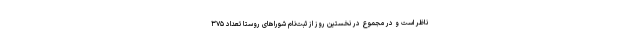
ناظر است و در مجموع در نخستین روز از ثبت‌نام شوراهای روستا تعداد ۳۷۵